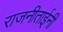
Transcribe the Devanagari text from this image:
राजनीताईनी